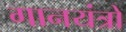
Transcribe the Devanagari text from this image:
गानयंत्रों